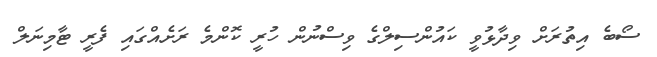
ސޯބެ އިތުރަށް ވިދާޅުވީ ކައުންސިލްގެ ވިސްނުން ހުރީ ކޮންމެ ރަށެއްގައި ފެރީ ޓާމިނަލް